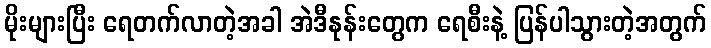
မိုးများပြီး ရေတက်လာတဲ့အခါ အဲဒီနုန်းတွေက ရေစီးနဲ့ ပြန်ပါသွားတဲ့အတွက်